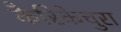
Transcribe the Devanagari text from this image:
कैरिकेचुरा